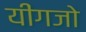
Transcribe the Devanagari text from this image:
यींगजो